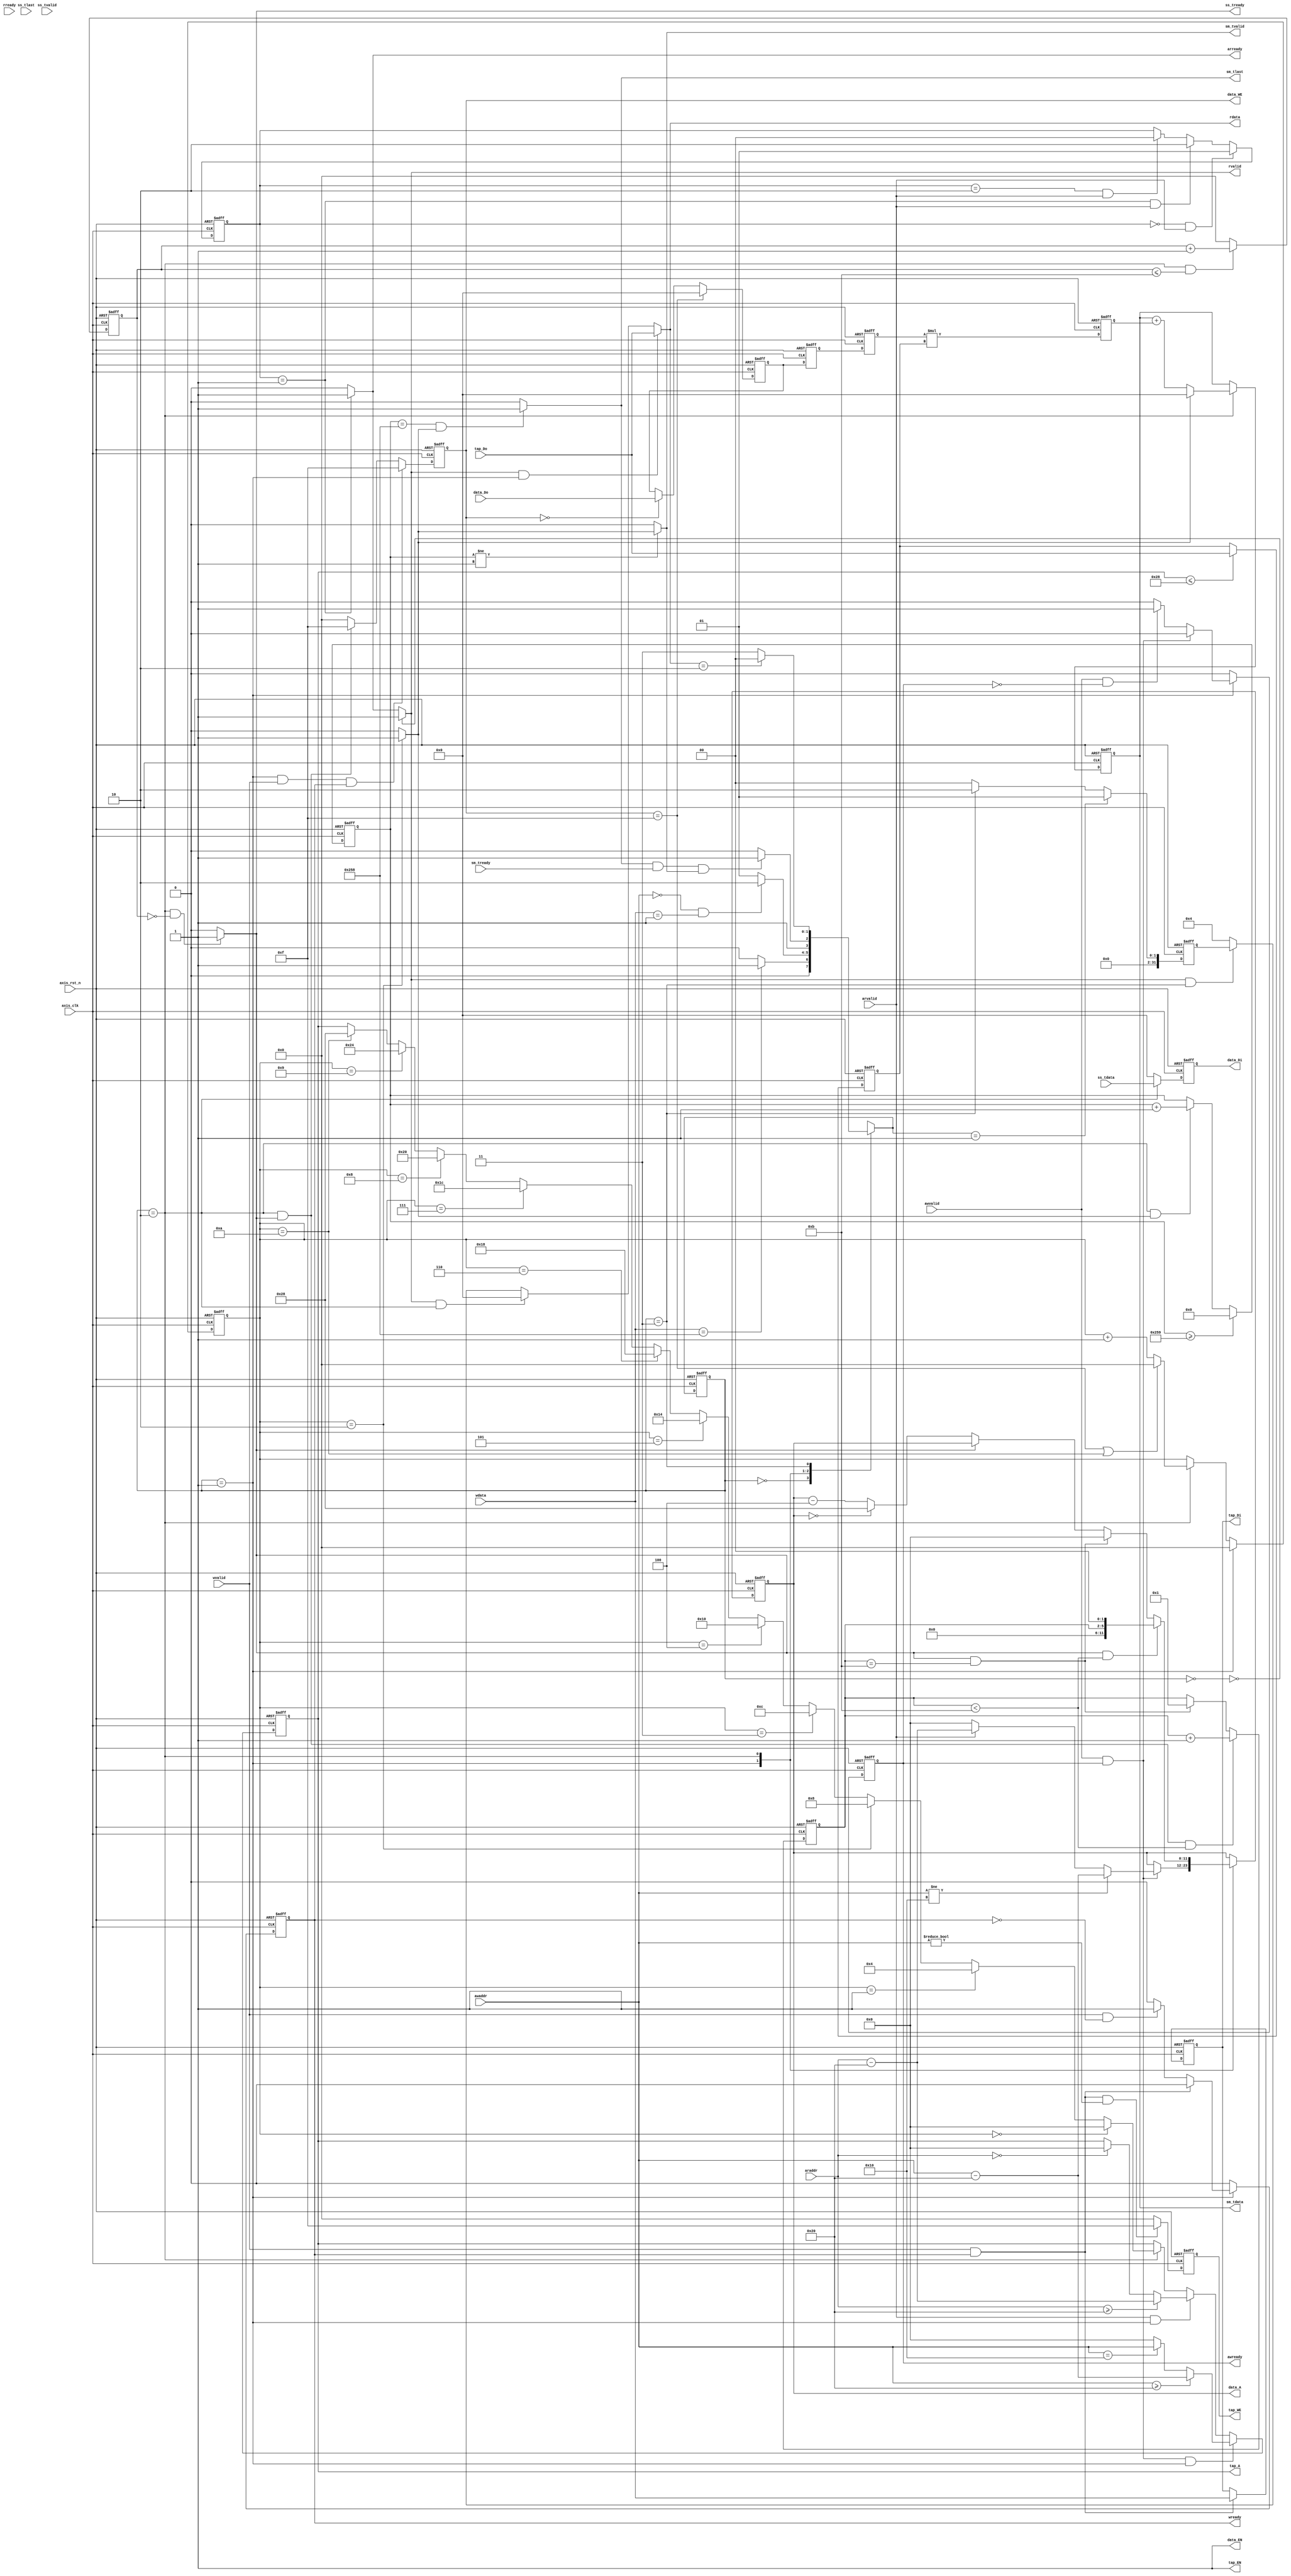
`timescale 1ns / 1ps
module fir 
#(  parameter pADDR_WIDTH = 12,
    parameter pDATA_WIDTH = 32,
    parameter Tape_Num    = 11
)
(
    //read
    input   wire                     arvalid, 
    input   wire                     rready,
    output  wire                     arready,
    output  wire                     rvalid,
    input   wire [(pADDR_WIDTH-1):0] araddr,
    output  wire [(pDATA_WIDTH-1):0] rdata,

    //write
    input   wire                     awvalid,
    input   wire                     wvalid,
    output  wire                     awready,
    output  wire                     wready,
    input   wire [(pADDR_WIDTH-1):0] awaddr,
    input   wire [(pDATA_WIDTH-1):0] wdata,


    //stream
    output  wire                     ss_tready,
    output  wire                     sm_tvalid, 
    output  wire [(pDATA_WIDTH-1):0] sm_tdata, 
    output  wire                     sm_tlast, 
    input   wire                     ss_tvalid, 
    input   wire [(pDATA_WIDTH-1):0] ss_tdata, 
    input   wire                     ss_tlast, 
    input   wire                     sm_tready, 

    
    // bram for tap RAM
    output  wire [3:0]               tap_WE,
    output  wire                     tap_EN,
    output  wire [(pDATA_WIDTH-1):0] tap_Di,
    output  wire [(pADDR_WIDTH-1):0] tap_A,
    input   wire [(pDATA_WIDTH-1):0] tap_Do,

    // bram for data RAM
    output  wire [3:0]               data_WE,
    output  wire                     data_EN,
    output  wire [(pDATA_WIDTH-1):0] data_Di,
    output  wire [(pADDR_WIDTH-1):0] data_A,
    input   wire [(pDATA_WIDTH-1):0] data_Do,

    input   wire                     axis_clk,
    input   wire                     axis_rst_n
);


/////////////////////////////////////////////
///FSM parameter
/////////////////////////////////////////////
parameter                   IDLE = 2'b00;
parameter                   WAIT_DATA = 2'b01;
parameter                   CALC = 2'b10;
parameter                   RESET = 2'b11;
reg         [1:0]           n_state;
reg         [1:0]           c_state;
/////////////////////////////////////////////
///AXILITE  
/////////////////////////////////////////////
//tap
reg [3:0]                   tap_addr_cnt;                                         
reg [(pADDR_WIDTH-1):0]     tap_A_reg;
reg [(pDATA_WIDTH-1):0]     tap_Di_reg;
reg [3:0]                   tap_WE_reg;

reg                         awready_reg;
reg                         wready_reg;

/////////////////////////////////////////////
///AXISTREAM
/////////////////////////////////////////////
//data
reg [(pDATA_WIDTH-1):0]     data_Di_reg;
reg [(pADDR_WIDTH-1):0]     data_A_reg;
reg [3:0]                   data_WE_reg;

/////////////////////////////////////////////
///CALC
/////////////////////////////////////////////
//for read to wait one cycle
reg [1:0]                   read_stage;
reg [(pDATA_WIDTH-1):0]     configuration;
reg [3:0]                   calc_cnt;
reg [3:0]                   pattern_cycle;
reg [9:0]                   pattern_number;
reg [(pDATA_WIDTH-1):0]     stream_data;
reg [(pDATA_WIDTH-1):0]     stream_data_next;
reg [(pDATA_WIDTH-1):0]     coefficient_data;
reg [(pDATA_WIDTH-1):0]     Xn;
reg [(pDATA_WIDTH-1):0]     mult;
reg [(pDATA_WIDTH-1):0]     Yn;
wire                        single_pattern_done;
/////////////////////////////////////////////
///FSM
/////////////////////////////////////////////
always @(posedge axis_clk or negedge axis_rst_n) begin
	if(!axis_rst_n) begin
		c_state <= IDLE;
	end
	else begin
		c_state <= n_state;
	end
end

/////////////////////////////////////////////
///NEXT STATE BLOCK
/////////////////////////////////////////////
always @(*) begin
    case(c_state)
        IDLE:begin
            if(wdata == 32'd600)
                n_state = WAIT_DATA;
            else  
                n_state = IDLE;
        end
        WAIT_DATA:begin
            if(awaddr == 12'h000 && wdata == 32'd1)
                n_state = CALC;
            else
                n_state = WAIT_DATA; 
        end
        CALC:begin
            if(sm_tlast && sm_tready && sm_tvalid)
                n_state = RESET;
            else
                n_state = CALC;
        end
        RESET:begin
            if(rdata == 32'd2)
                n_state = IDLE;
            else
                n_state = RESET; 
        end
        default:begin
                n_state = IDLE;
        end
    endcase
end
/////////////////////////////////////////////
///CONFUGURATION
/////////////////////////////////////////////
// configuration and data length storage
always@(posedge axis_clk or negedge axis_rst_n)begin
    if(!axis_rst_n)begin
        configuration <= 32'h0000_0000;
    end
    else begin
        if(n_state == WAIT_DATA) configuration <= 32'h0000_0001;
        else if(c_state == RESET) configuration <= 32'h0000_0002;
        else configuration <= 32'b0;
    end
end

/////////////////////////////////////////////
///AXILITE TAP
/////////////////////////////////////////////
assign tap_EN = 1'b1;
assign tap_A = tap_A_reg;
assign tap_Di = tap_Di_reg;
assign tap_WE = tap_WE_reg;

//count 11 taps  address for input
always @(posedge axis_clk or negedge axis_rst_n) begin
    if(~axis_rst_n) tap_addr_cnt <= 4'b0;
    else if (c_state == WAIT_DATA) tap_addr_cnt <= 4'b0;
    else if(c_state == CALC)begin
        if(data_WE == 4'hf || tap_addr_cnt == 4'd10) tap_addr_cnt <= 4'b0;
        else tap_addr_cnt <= tap_addr_cnt + 1'b1; 
    end
    else tap_addr_cnt <= tap_addr_cnt;
end


// input the tap address 
always @(posedge axis_clk or negedge axis_rst_n) begin
    if(~axis_rst_n) tap_A_reg <= 12'h000;
    else if (awvalid == 1 && awready == 1 && c_state == WAIT_DATA) begin
        if(awaddr >= 12'h020) tap_A_reg <= awaddr - 12'h020;
        else if(awaddr == 12'h010) tap_A_reg <= awaddr;
        else tap_A_reg <= 12'h000;
    end
    else if (arvalid == 1 && c_state == WAIT_DATA) begin
        if(araddr >= 12'h020) tap_A_reg <= araddr - 12'h020;
        else if(araddr == 12'h000) tap_A_reg <= 12'h000;
        else tap_A_reg <= tap_A_reg;
    end
    else if (c_state == CALC) begin    
        if(tap_addr_cnt == 6'd0) tap_A_reg <= 12'h000;
        else if (tap_addr_cnt == 6'd1) tap_A_reg <= 12'h004;
        else if (tap_addr_cnt == 6'd2) tap_A_reg <= 12'h008;
        else if (tap_addr_cnt == 6'd3) tap_A_reg <= 12'h00C;
        else if (tap_addr_cnt == 6'd4) tap_A_reg <= 12'h010;
        else if (tap_addr_cnt == 6'd5) tap_A_reg <= 12'h014;
        else if (tap_addr_cnt == 6'd6) tap_A_reg <= 12'h018;
        else if (tap_addr_cnt == 6'd7) tap_A_reg <= 12'h01C;
        else if (tap_addr_cnt == 6'd8) tap_A_reg <= 12'h020;
        else if (tap_addr_cnt == 6'd9) tap_A_reg <= 12'h024;
        else if (tap_addr_cnt == 6'd10) tap_A_reg <= 12'h028;
        else tap_A_reg <= tap_A_reg;
    end
    else tap_A_reg <= tap_A_reg;
end

//write tap
always @(posedge axis_clk or negedge axis_rst_n) begin
    if(~axis_rst_n) tap_Di_reg <= 32'b0;
    else if (wvalid && wready) tap_Di_reg <= wdata;
    else tap_Di_reg <= tap_Di_reg;
end

//control the tap BRAM WE 
always @(posedge axis_clk or negedge axis_rst_n) begin
    if(~axis_rst_n) tap_WE_reg <= 4'b0;
    else if ((wvalid && wready) && (awaddr != 12'h000)) tap_WE_reg <= 4'hf;
    else tap_WE_reg <= 4'b0;
end


/////////////////////////////////////////////
///AXILITE HANDSHAKE
/////////////////////////////////////////////
assign awready = awready_reg;
assign arready = (read_stage == 2'b01)? 1:0; 
assign wready = wready_reg;
assign rvalid = (~c_state == IDLE)?     1:
                (read_stage == 2'b01)?  1:0;
assign rdata =  (rvalid && c_state == WAIT_DATA)?   tap_Do:
                (rvalid && c_state == CALC)?        32'd0:
                (rvalid && c_state == RESET)?       configuration:
                                                    32'd4;
//write
always @(posedge axis_clk or negedge axis_rst_n)begin
    if(~axis_rst_n) awready_reg <= 1'b0;
    else if(c_state == WAIT_DATA)begin
        if(awvalid && awready) awready_reg <= 1'b0;
        else if((awvalid == 1'b1) && (awready == 1'b0)) awready_reg <= 1'b1;    
        else awready_reg <= 1'b0;
    end
    else awready_reg <= 1'b0;
end

always @(posedge axis_clk or negedge axis_rst_n)begin
    if(~axis_rst_n) wready_reg <= 1'b0;
    else if(c_state == WAIT_DATA)begin
        if(wvalid && wready) wready_reg <= 1'b0;
        else if((wvalid == 1'b1) && (wready == 1'b0)) wready_reg <= 1'b1;
    else wready_reg <= 1'b0;
    end
    else wready_reg <= 1'b0;
end

//read
always @(posedge axis_clk or negedge axis_rst_n) begin
    if(~axis_rst_n) read_stage <= 1'b0;
    else if (read_stage == 2'b00 && arvalid == 1'b1) read_stage <= 2'b01;
    else if (read_stage == 2'b01 && arvalid == 1'b1) read_stage <= 2'b10;
    else if (read_stage == 2'b10 && arvalid == 1'b1) read_stage <= 2'b00;
    else read_stage <= read_stage;
end

/////////////////////////////////////////////
///STREAM DATA
/////////////////////////////////////////////
assign data_EN = 1'b1;
assign data_WE = data_WE_reg;
assign data_Di = data_Di_reg;
assign data_A = data_A_reg;

always @(posedge axis_clk or negedge axis_rst_n) begin
    if(~axis_rst_n) data_WE_reg <= 4'b0;
    else if(c_state == WAIT_DATA && wvalid && wready) data_WE_reg <= 4'hf;
    else if(c_state == CALC && ss_tready) data_WE_reg <= 4'hf;
    else data_WE_reg <= 4'b0;
end

always @(posedge axis_clk or negedge axis_rst_n) begin
    if(~axis_rst_n) data_Di_reg <= 32'b0;
    else if(c_state == CALC) data_Di_reg <= ss_tdata;
    else data_Di_reg <= 32'b0;
end

always @(posedge axis_clk or negedge axis_rst_n) begin
    if(!axis_rst_n) data_A_reg <= 12'h000;
    else begin
        case(c_state)
            WAIT_DATA:begin
                if(awvalid && awready)begin
                    if(awaddr != 12'h010) data_A_reg <= awaddr - 12'h020;
                    else if(arvalid) data_A_reg <= araddr - 12'h020;
                    else data_A_reg <= 12'h000;
                end
            end
            CALC:begin
                if(ss_tready == 1 && pattern_cycle < 12'd11) data_A_reg <= (pattern_cycle << 2);    // write data
                else if(ss_tready == 1 && pattern_cycle == 12'd11) data_A_reg <= 0;                 // wrtie data
                else if(ss_tready == 0) begin
                    if(data_A_reg == 12'h000) data_A_reg <= 12'h028;                                // read data
                    else data_A_reg <= data_A_reg - 12'h004;
                end
            end
        endcase
    end 
end

/////////////////////////////////////////////
///CALCULATE 
/////////////////////////////////////////////
assign ss_tready = (c_state == CALC && calc_cnt == 0)? 1:0;
assign single_pattern_done = (tap_addr_cnt == 2)? 1:0;
assign sm_tvalid = (pattern_number != 10'd1)? single_pattern_done:0;
assign sm_tdata = Yn;
assign sm_tlast = (pattern_number == 600 && single_pattern_done == 1)? 1:0;

always @(posedge axis_clk or negedge axis_rst_n) begin
    if(!axis_rst_n) calc_cnt <= 4'b0;
    else if(c_state == CALC && calc_cnt <= 4'd11) calc_cnt <= calc_cnt + 4'b0001;
    else calc_cnt <= 4'b0;
end

always @(posedge axis_clk or negedge axis_rst_n) begin
    if(!axis_rst_n) pattern_cycle <= 4'd0;
    else if(c_state == CALC && ss_tready && pattern_cycle < 4'd11) pattern_cycle <= pattern_cycle + 1;
    else if (pattern_cycle == 4'd11 && ss_tready == 1) pattern_cycle <= 1;
    else pattern_cycle <= pattern_cycle;
end

always @(posedge axis_clk or negedge axis_rst_n) begin
    if(!axis_rst_n) pattern_number <= 10'b0;
    else if(pattern_number >= 10'd601) pattern_number <= 10'd0;
    else if(c_state == CALC && single_pattern_done == 1) pattern_number <= pattern_number + 10'd1;
    else pattern_number <= pattern_number;
end


always @(posedge axis_clk or negedge axis_rst_n) begin
    if(!axis_rst_n) coefficient_data <= 0;
    else if (tap_A <= 12'h028) coefficient_data <= tap_Do;
    else coefficient_data <= coefficient_data;
end

always @(posedge axis_clk or negedge axis_rst_n) begin
    if(!axis_rst_n) stream_data <= 0;
    else if (data_WE == 4'b1111) stream_data <= 0;
    else if (data_WE == 4'b0000) stream_data <= data_Do;
    else stream_data <= stream_data;
end

always @(posedge axis_clk or negedge axis_rst_n) begin
    if(!axis_rst_n) stream_data_next <= 0;
    else stream_data_next <= stream_data;
end

always @(posedge axis_clk or negedge axis_rst_n) begin
    if(!axis_rst_n) Xn <= 0;
    else Xn <= stream_data_next;
end

always @(posedge axis_clk or negedge axis_rst_n) begin
    if(!axis_rst_n) mult <= 0;
    else mult <= Xn * coefficient_data;
end

always @(posedge axis_clk or negedge axis_rst_n) begin
    if(!axis_rst_n) Yn <= 0;
    else if (c_state == CALC) begin
        if (single_pattern_done == 0) Yn <= Yn + mult;
        else if (single_pattern_done == 1) Yn <= 0;
        else Yn <= Yn;
    end
    else Yn <= Yn;
end












endmodule